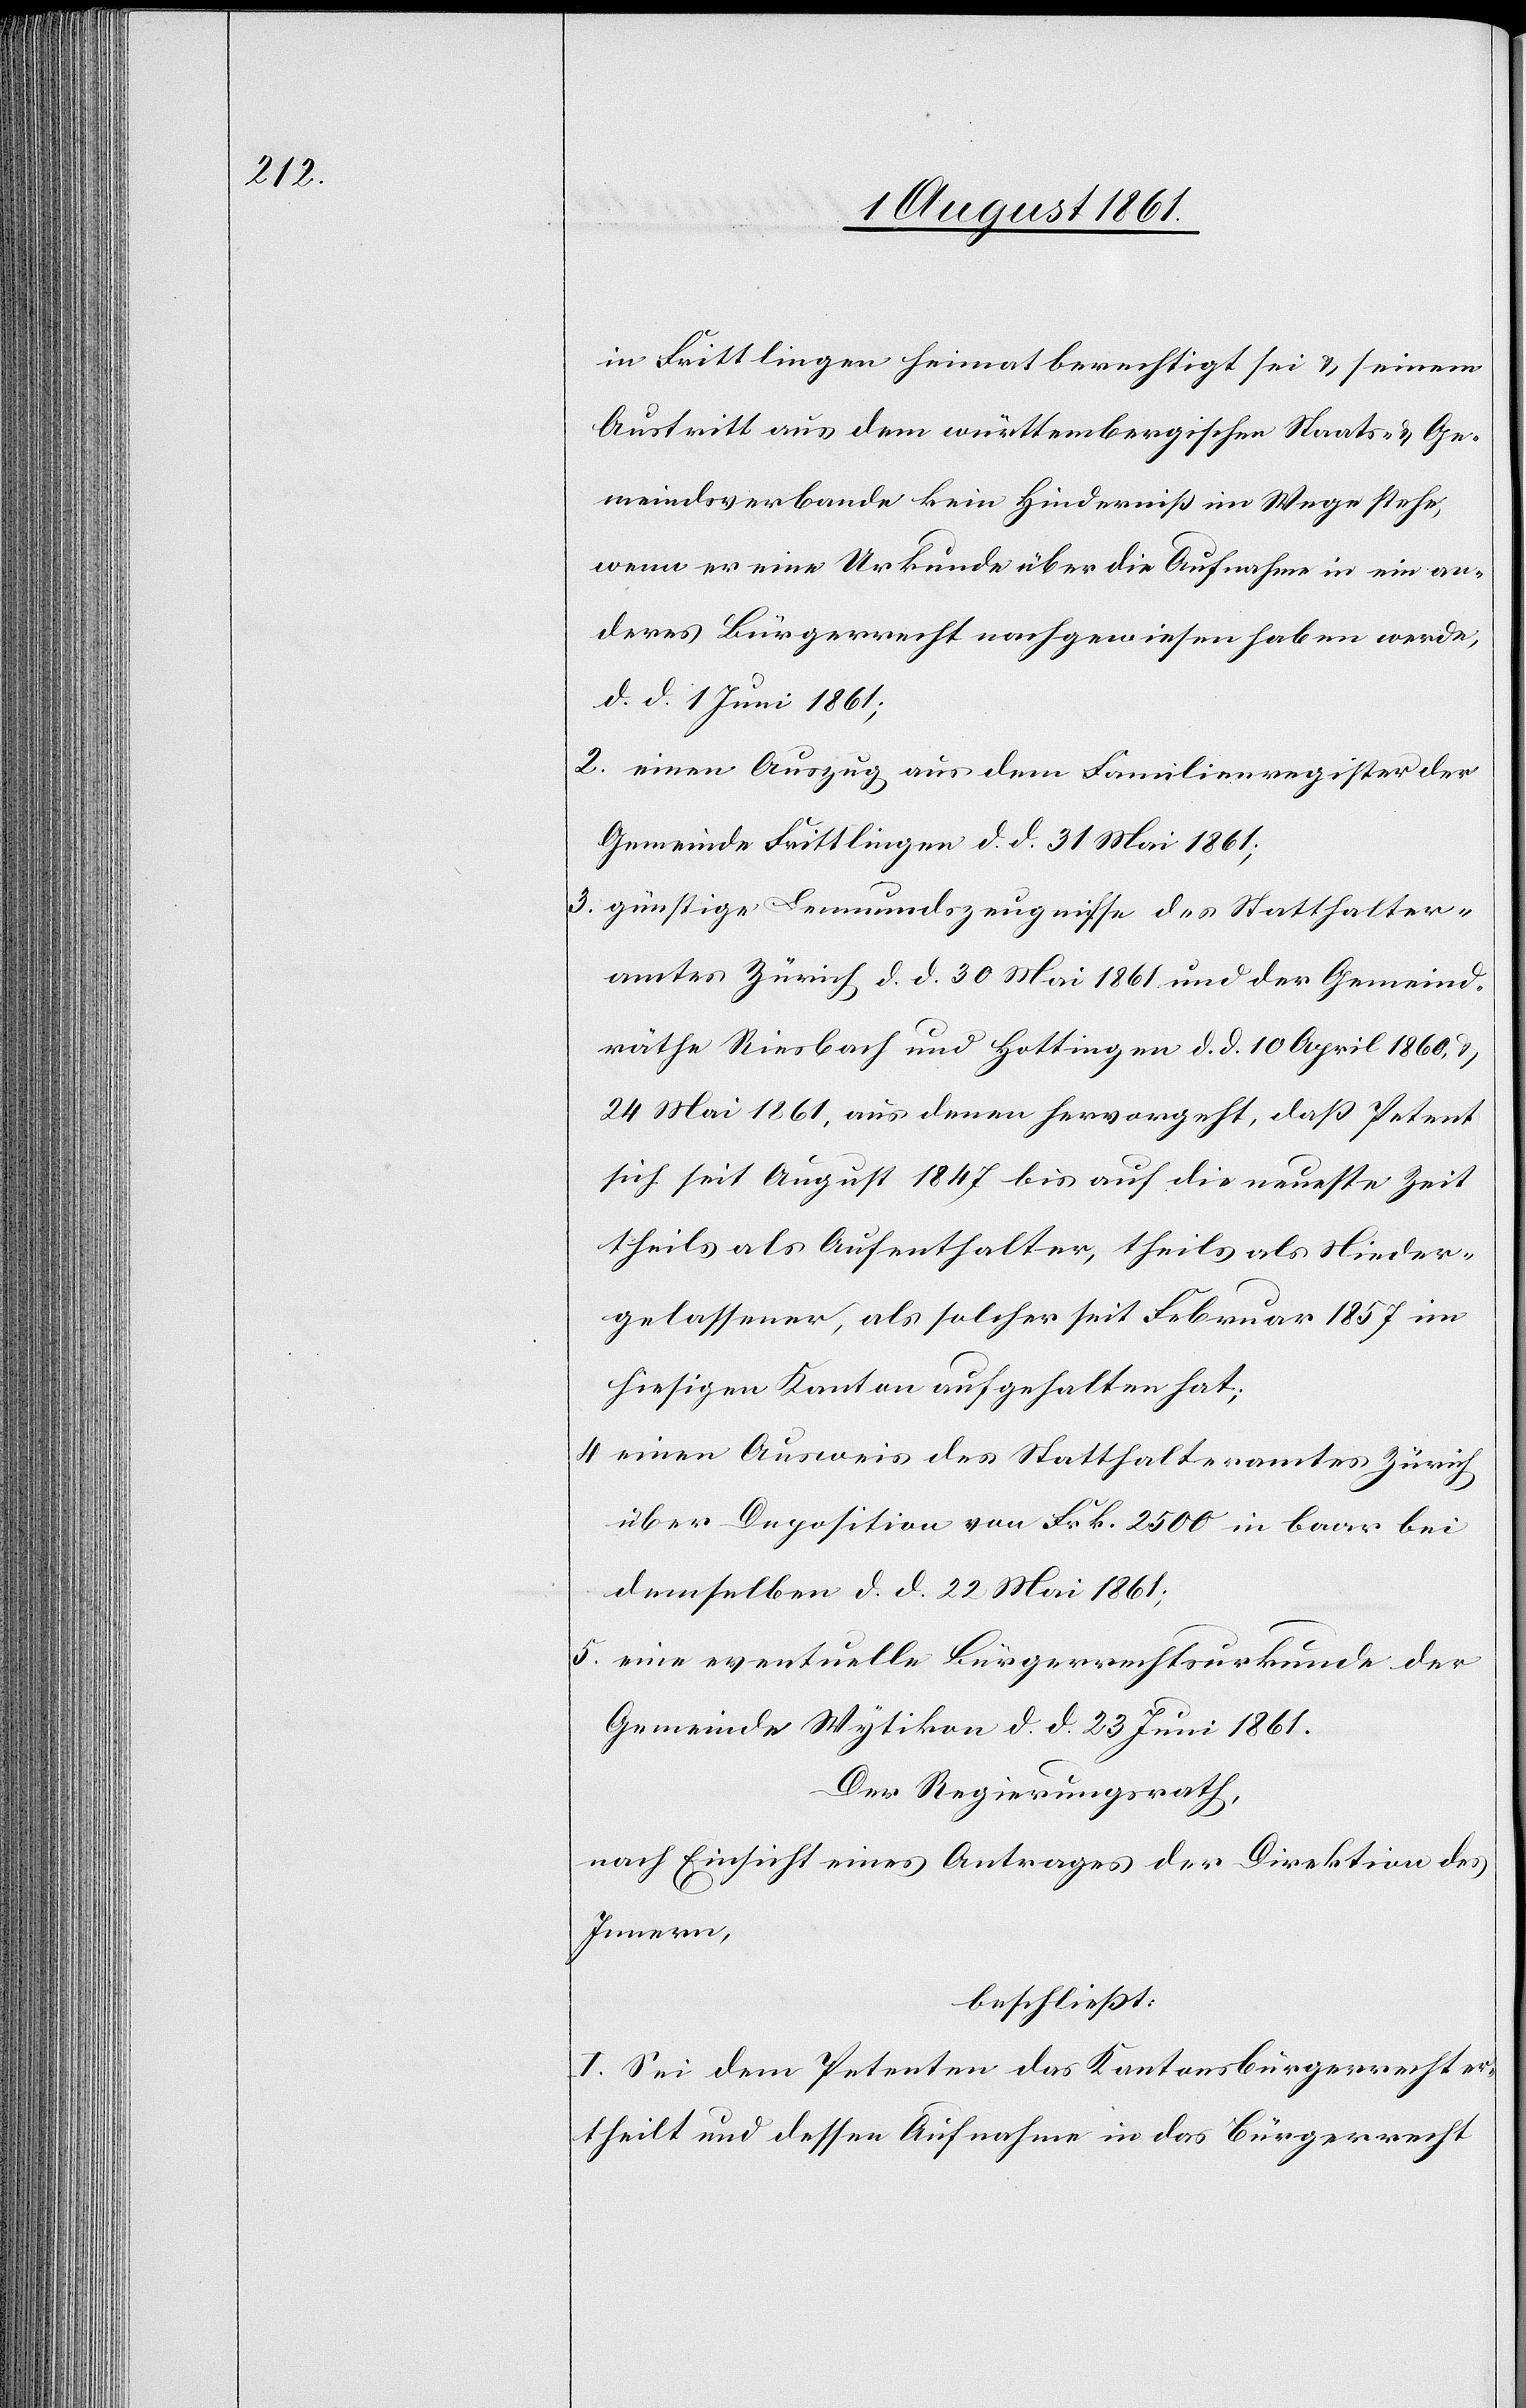
in Frittlingen heimatberechtigt sei u. seinem
Austritt aus dem württembergischen Staats- u. Ge¬
meindsverbande kein Hinderniß im Wege stehe,
wenn er eine Urkunde über die Aufnahme in ein an¬
deres Bürgerrecht nachgewiesen haben werde,
d. d. 1 Juni 1861;
2. einen Auszug aus dem Familienregister der
Gemeinde Frittlingen d. d. 31 Mai 1861;
3. günstige Leumundszeugnisse des Statthalter¬
amtes Zürich d. d. 30 Mai 1861 und der Gemeind¬
räthe Riesbach und Hottingen d. d. 10 April 1860 u.
24 Mai 1861, aus denen hervorgeht, daß Petent
sich seit August 1847 bis auf die neueste Zeit
theils als Aufenthalter, theils als Nieder¬
gelassener, als solcher seit Februar 1857 im
hiesigen Kanton aufgehalten hat;
4 einen Ausweis des Statthalteramtes Zürich
über Deposition von Frk. 2500 in baar bei
demselben d. d. 22 Mai 1861;
5. eine eventuelle Bürgerrechtsurkunde der
Gemeinde Wytikon d. d. 23 Juni 1861.
Der Regierungsrath,
nach Einsicht eines Antrages der Direktion des
Innern,
beschließt:
I. Sei dem Petenten das Kantonsbürgerrecht e¬
theilt und dessen Aufnahme in das Bürgerrecht